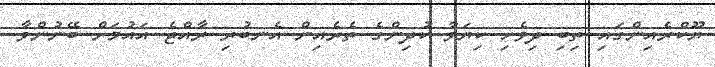
ޔޫކްރެއިންގައި ތިބި ދިވެހި ކިޔަވާ ކުދިންގެ ތެރެއިން އެނބުރި ރާއްޖެ އައުމަށް ބޭނުންވާ